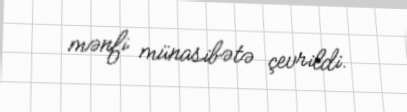
mənfi münasibətə çevrildi.